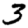
Digit: 3